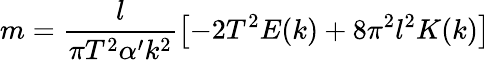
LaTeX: m=\frac{l}{\pi T^{2}\alpha^{\prime}k^{2}}\left[-2T^{2}E(k)+8\pi^{2}l^{2}K(k)\right]